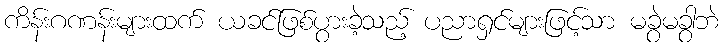
ကိန်းဂဏန်းများထက် ယခင်ဖြစ်ပွားခဲ့သည့် ပညာရှင်များဖြင့်သာ မခွဲမခွာဘဲ